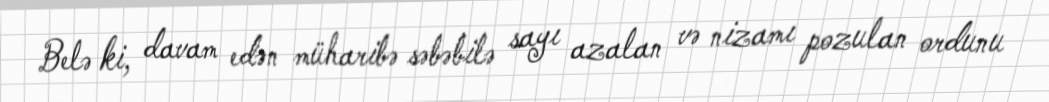
Belə ki, davam edən müharibə səbəbilə sayı azalan və nizamı pozulan ordunu